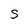
Character: S